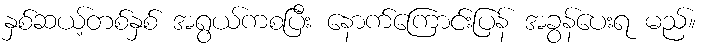
နှစ်ဆယ့်တစ်နှစ် အရွယ်ကစပြီး နောက်ကြောင်းပြန် အခွန်ပေးရ မည်။